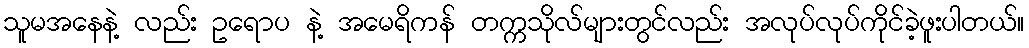
သူမအနေနဲ့ လည်း ဥရောပ နဲ့ အမေရိကန် တက္ကသိုလ်များတွင်လည်း အလုပ်လုပ်ကိုင်ခဲ့ဖူးပါတယ်။